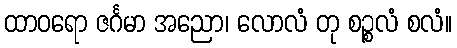
ထာဝရော ဇင်္ဂမာ အညော၊ လောလံ တု စဉ္စလံ စလံ။